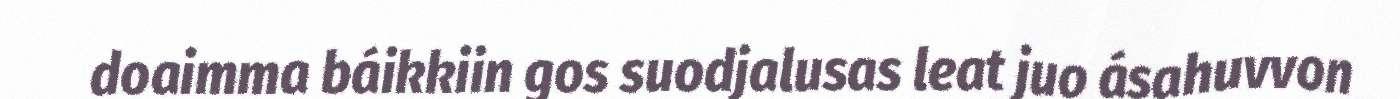
doaimma báikkiin gos suodjalusas leat juo ásahuvvon